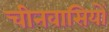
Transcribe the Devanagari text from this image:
चीनवासियों